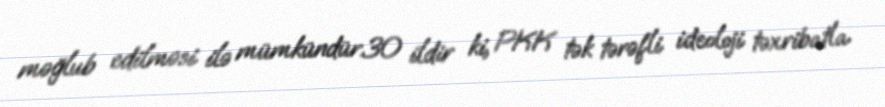
məğlub edilməsi ilə mümkündür.30 ildir ki, PKK tək tərəfli ideoloji təxribatla